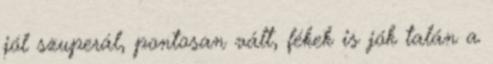
jól szuperál, pontosan vált, fékek is jók talán a